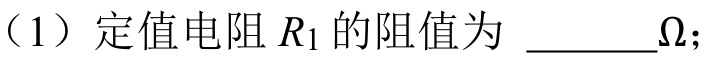
（1）定值电阻\(R_{1}\)的阻值为 \(\underline{\quad\quad}\Omega\)；